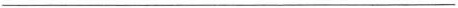
___